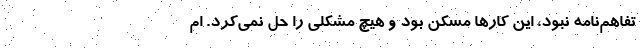
تفاهم‌نامه نبود، این کارها مسکن بود و هیچ مشکلی را حل نمی‌کرد. ام